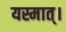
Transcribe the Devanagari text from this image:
यस्मात्।